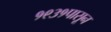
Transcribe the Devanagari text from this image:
१९३१पासून